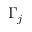
\Gamma _ { j }